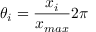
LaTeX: \theta _ { i } = { \frac { x _ { i } } { x _ { m a x } } } 2 \pi